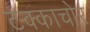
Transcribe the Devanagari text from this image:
टक्काचोर